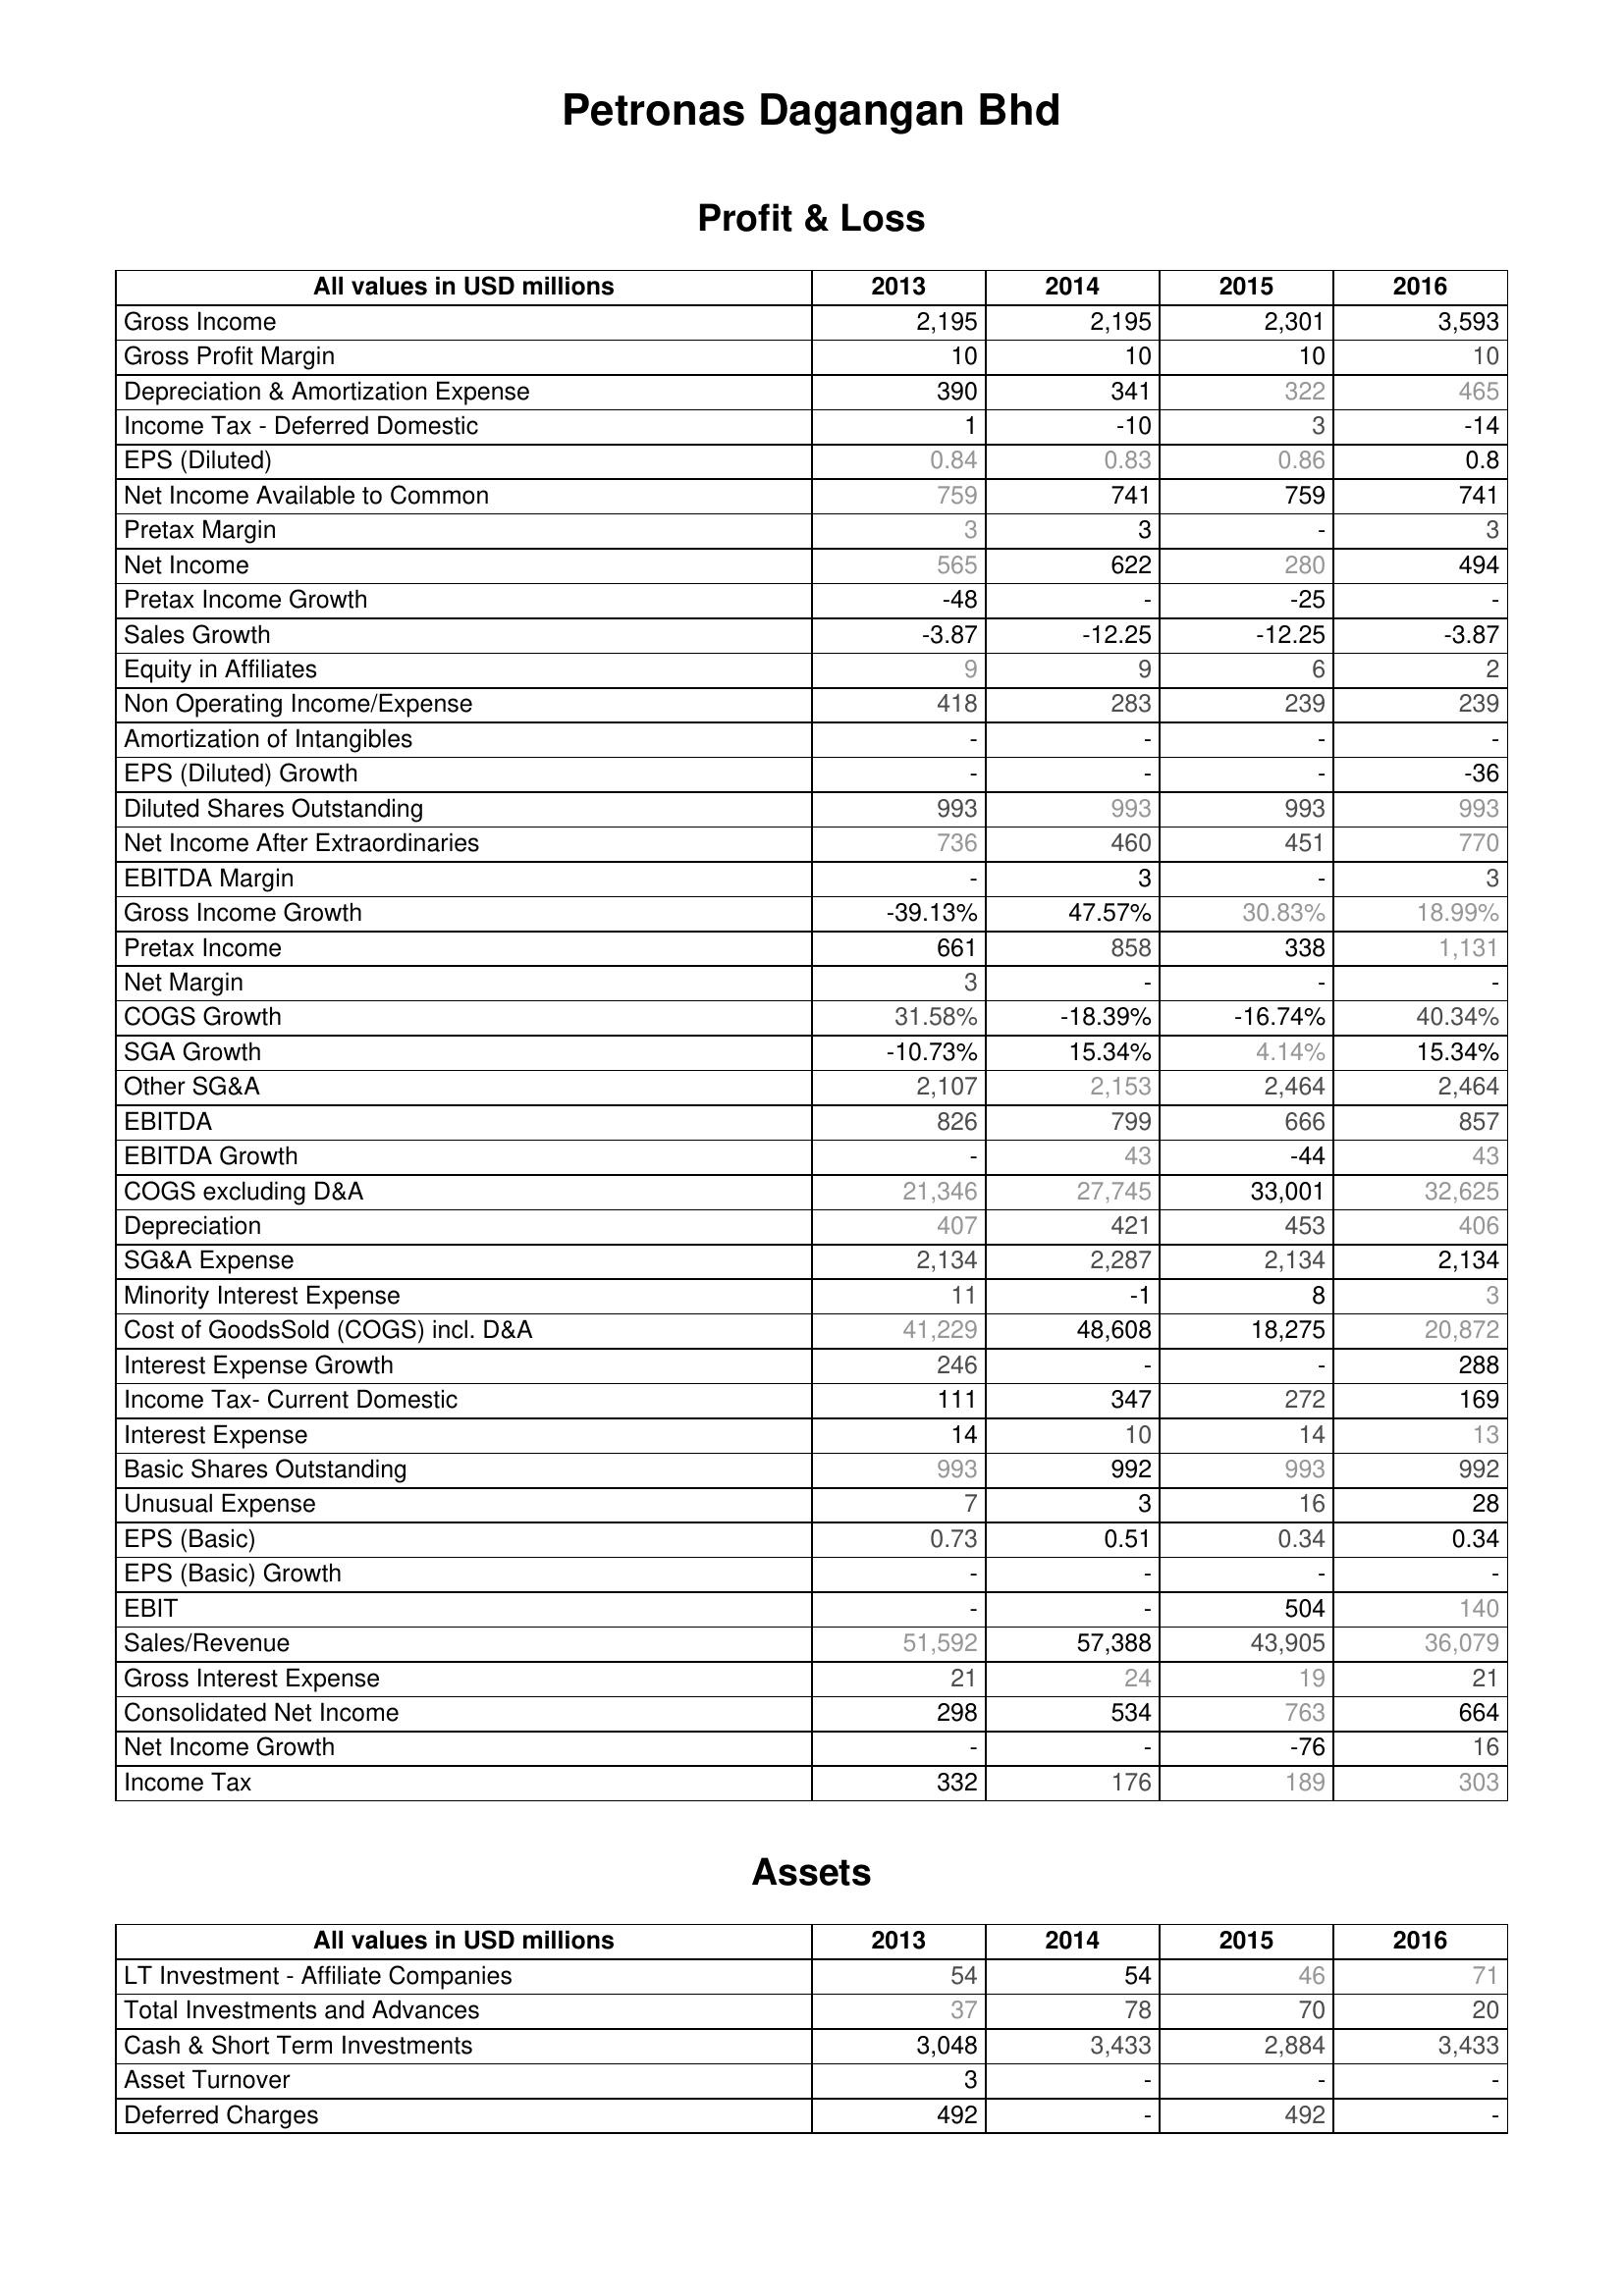
2013: Profit & Loss: Gross Income: 2,195
Gross Profit Margin: 10
Depreciation & Amortization Expense: 390
Income Tax - Deferred Domestic: 1
EPS (Diluted): 0.84
Net Income Available to Common: 759
Pretax Margin: 3
Net Income: 565
Pretax Income Growth: -48
Sales Growth: -3.87
Equity in Affiliates: 9
Non Operating Income/Expense: 418
Amortization of Intangibles: -
EPS (Diluted) Growth: -
Diluted Shares Outstanding: 993
Net Income After Extraordinaries: 736
EBITDA Margin: -
Gross Income Growth: -39.13%
Pretax Income: 661
Net Margin: 3
COGS Growth: 31.58%
SGA Growth: -10.73%
Other SG&A: 2,107
EBITDA: 826
EBITDA Growth: -
COGS excluding D&A: 21,346
Depreciation: 407
SG&A Expense: 2,134
Minority Interest Expense: 11
Cost of GoodsSold (COGS) incl. D&A: 41,229
Interest Expense Growth: 246
Income Tax- Current Domestic: 111
Interest Expense: 14
Basic Shares Outstanding: 993
Unusual Expense: 7
EPS (Basic): 0.73
EPS (Basic) Growth: -
EBIT: -
Sales/Revenue: 51,592
Gross Interest Expense: 21
Consolidated Net Income: 298
Net Income Growth: -
Income Tax: 332
Assets: LT Investment - Affiliate Companies: 54
Total Investments and Advances: 37
Cash & Short Term Investments: 3,048
Asset Turnover: 3
Deferred Charges: 492
2014: Profit & Loss: Gross Income: 2,195
Gross Profit Margin: 10
Depreciation & Amortization Expense: 341
Income Tax - Deferred Domestic: -10
EPS (Diluted): 0.83
Net Income Available to Common: 741
Pretax Margin: 3
Net Income: 622
Pretax Income Growth: -
Sales Growth: -12.25
Equity in Affiliates: 9
Non Operating Income/Expense: 283
Amortization of Intangibles: -
EPS (Diluted) Growth: -
Diluted Shares Outstanding: 993
Net Income After Extraordinaries: 460
EBITDA Margin: 3
Gross Income Growth: 47.57%
Pretax Income: 858
Net Margin: -
COGS Growth: -18.39%
SGA Growth: 15.34%
Other SG&A: 2,153
EBITDA: 799
EBITDA Growth: 43
COGS excluding D&A: 27,745
Depreciation: 421
SG&A Expense: 2,287
Minority Interest Expense: -1
Cost of GoodsSold (COGS) incl. D&A: 48,608
Interest Expense Growth: -
Income Tax- Current Domestic: 347
Interest Expense: 10
Basic Shares Outstanding: 992
Unusual Expense: 3
EPS (Basic): 0.51
EPS (Basic) Growth: -
EBIT: -
Sales/Revenue: 57,388
Gross Interest Expense: 24
Consolidated Net Income: 534
Net Income Growth: -
Income Tax: 176
Assets: LT Investment - Affiliate Companies: 54
Total Investments and Advances: 78
Cash & Short Term Investments: 3,433
Asset Turnover: -
Deferred Charges: -
2015: Profit & Loss: Gross Income: 2,301
Gross Profit Margin: 10
Depreciation & Amortization Expense: 322
Income Tax - Deferred Domestic: 3
EPS (Diluted): 0.86
Net Income Available to Common: 759
Pretax Margin: -
Net Income: 280
Pretax Income Growth: -25
Sales Growth: -12.25
Equity in Affiliates: 6
Non Operating Income/Expense: 239
Amortization of Intangibles: -
EPS (Diluted) Growth: -
Diluted Shares Outstanding: 993
Net Income After Extraordinaries: 451
EBITDA Margin: -
Gross Income Growth: 30.83%
Pretax Income: 338
Net Margin: -
COGS Growth: -16.74%
SGA Growth: 4.14%
Other SG&A: 2,464
EBITDA: 666
EBITDA Growth: -44
COGS excluding D&A: 33,001
Depreciation: 453
SG&A Expense: 2,134
Minority Interest Expense: 8
Cost of GoodsSold (COGS) incl. D&A: 18,275
Interest Expense Growth: -
Income Tax- Current Domestic: 272
Interest Expense: 14
Basic Shares Outstanding: 993
Unusual Expense: 16
EPS (Basic): 0.34
EPS (Basic) Growth: -
EBIT: 504
Sales/Revenue: 43,905
Gross Interest Expense: 19
Consolidated Net Income: 763
Net Income Growth: -76
Income Tax: 189
Assets: LT Investment - Affiliate Companies: 46
Total Investments and Advances: 70
Cash & Short Term Investments: 2,884
Asset Turnover: -
Deferred Charges: 492
2016: Profit & Loss: Gross Income: 3,593
Gross Profit Margin: 10
Depreciation & Amortization Expense: 465
Income Tax - Deferred Domestic: -14
EPS (Diluted): 0.8
Net Income Available to Common: 741
Pretax Margin: 3
Net Income: 494
Pretax Income Growth: -
Sales Growth: -3.87
Equity in Affiliates: 2
Non Operating Income/Expense: 239
Amortization of Intangibles: -
EPS (Diluted) Growth: -36
Diluted Shares Outstanding: 993
Net Income After Extraordinaries: 770
EBITDA Margin: 3
Gross Income Growth: 18.99%
Pretax Income: 1,131
Net Margin: -
COGS Growth: 40.34%
SGA Growth: 15.34%
Other SG&A: 2,464
EBITDA: 857
EBITDA Growth: 43
COGS excluding D&A: 32,625
Depreciation: 406
SG&A Expense: 2,134
Minority Interest Expense: 3
Cost of GoodsSold (COGS) incl. D&A: 20,872
Interest Expense Growth: 288
Income Tax- Current Domestic: 169
Interest Expense: 13
Basic Shares Outstanding: 992
Unusual Expense: 28
EPS (Basic): 0.34
EPS (Basic) Growth: -
EBIT: 140
Sales/Revenue: 36,079
Gross Interest Expense: 21
Consolidated Net Income: 664
Net Income Growth: 16
Income Tax: 303
Assets: LT Investment - Affiliate Companies: 71
Total Investments and Advances: 20
Cash & Short Term Investments: 3,433
Asset Turnover: -
Deferred Charges: -